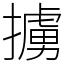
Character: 擄